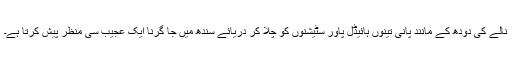
نالے کی دودھ کے مانند پانی تینوں ہائیڈل پاور سٹیشنوں کو چلا کر دریائے سندھ میں جا گرنا ایک عجیب سی منظر پیش کرتا ہے۔